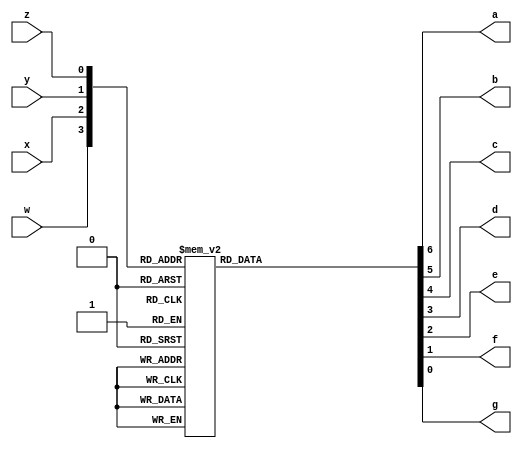
module bcd2seven (
	input w,x,y,z,
	output reg a,b,c,d,e,f,g);
	always @ (w,x,y,z) begin
		case ({w,x,y,z})
			4'b0000: {a,b,c,d,e,f,g} = 7'b0000001; //0
			4'b0001: {a,b,c,d,e,f,g} = 7'b1001111; //1
			4'b0010: {a,b,c,d,e,f,g} = 7'b0010010; //2
			4'b0011: {a,b,c,d,e,f,g} = 7'b0000110; //3
			4'b0100: {a,b,c,d,e,f,g} = 7'b1001100; //4
			4'b0101: {a,b,c,d,e,f,g} = 7'b0100100; //5
			4'b0110: {a,b,c,d,e,f,g} = 7'b0100000; //6
			4'b0111: {a,b,c,d,e,f,g} = 7'b0001111; //7
			4'b1000: {a,b,c,d,e,f,g} = 7'b0000000; //8
			4'b1001: {a,b,c,d,e,f,g} = 7'b0001100; //9
			default: {a,b,c,d,e,f,g} = 7'b1111111; //blank
		endcase
end
endmodule